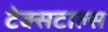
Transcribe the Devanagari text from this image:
टेक्सटाल्स